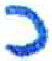
אות: כ